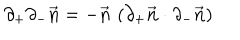
LaTeX: \partial _ { + } \partial _ { - } { \vec { \bf n } } = - { \vec { \bf n } } \, \, ( \partial _ { + } { \vec { \bf n } } \cdot \partial _ { - } { \vec { \bf n } } )